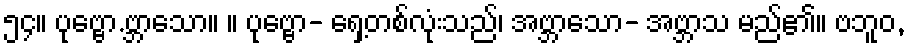
၅၄။ ပုဗ္ဗော.ဗ္ဘာသော။ ။ ပုဗ္ဗော- ရှေ့တစ်လုံးသည်၊ အဗ္ဘာသော- အဗ္ဘာသ မည်၏။ ဗဘူဝ,